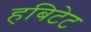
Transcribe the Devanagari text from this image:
हबिटेट